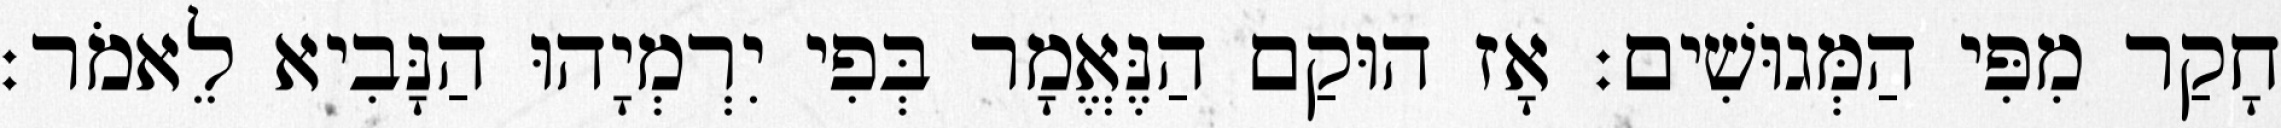
חָקַר מִפִּי הַמְּגוּשִׁים׃ אָז הוּקַם הַנֶּאֱמָר בְּפִי יִרְמְיָהוּ הַנָּבִיא לֵאמֹר׃